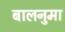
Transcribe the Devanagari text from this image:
बालनुमा